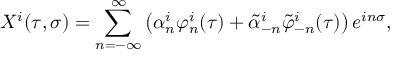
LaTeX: X ^ { i } ( \tau , \sigma ) = \sum _ { n = - \infty } ^ { \infty } \left( \alpha _ { n } ^ { i } \varphi _ { n } ^ { i } ( \tau ) + \tilde { \alpha } _ { - n } ^ { i } \tilde { \varphi } _ { - n } ^ { i } ( \tau ) \right) e ^ { i n \sigma } ,